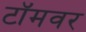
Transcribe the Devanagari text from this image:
टॉमवर